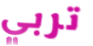
تربي